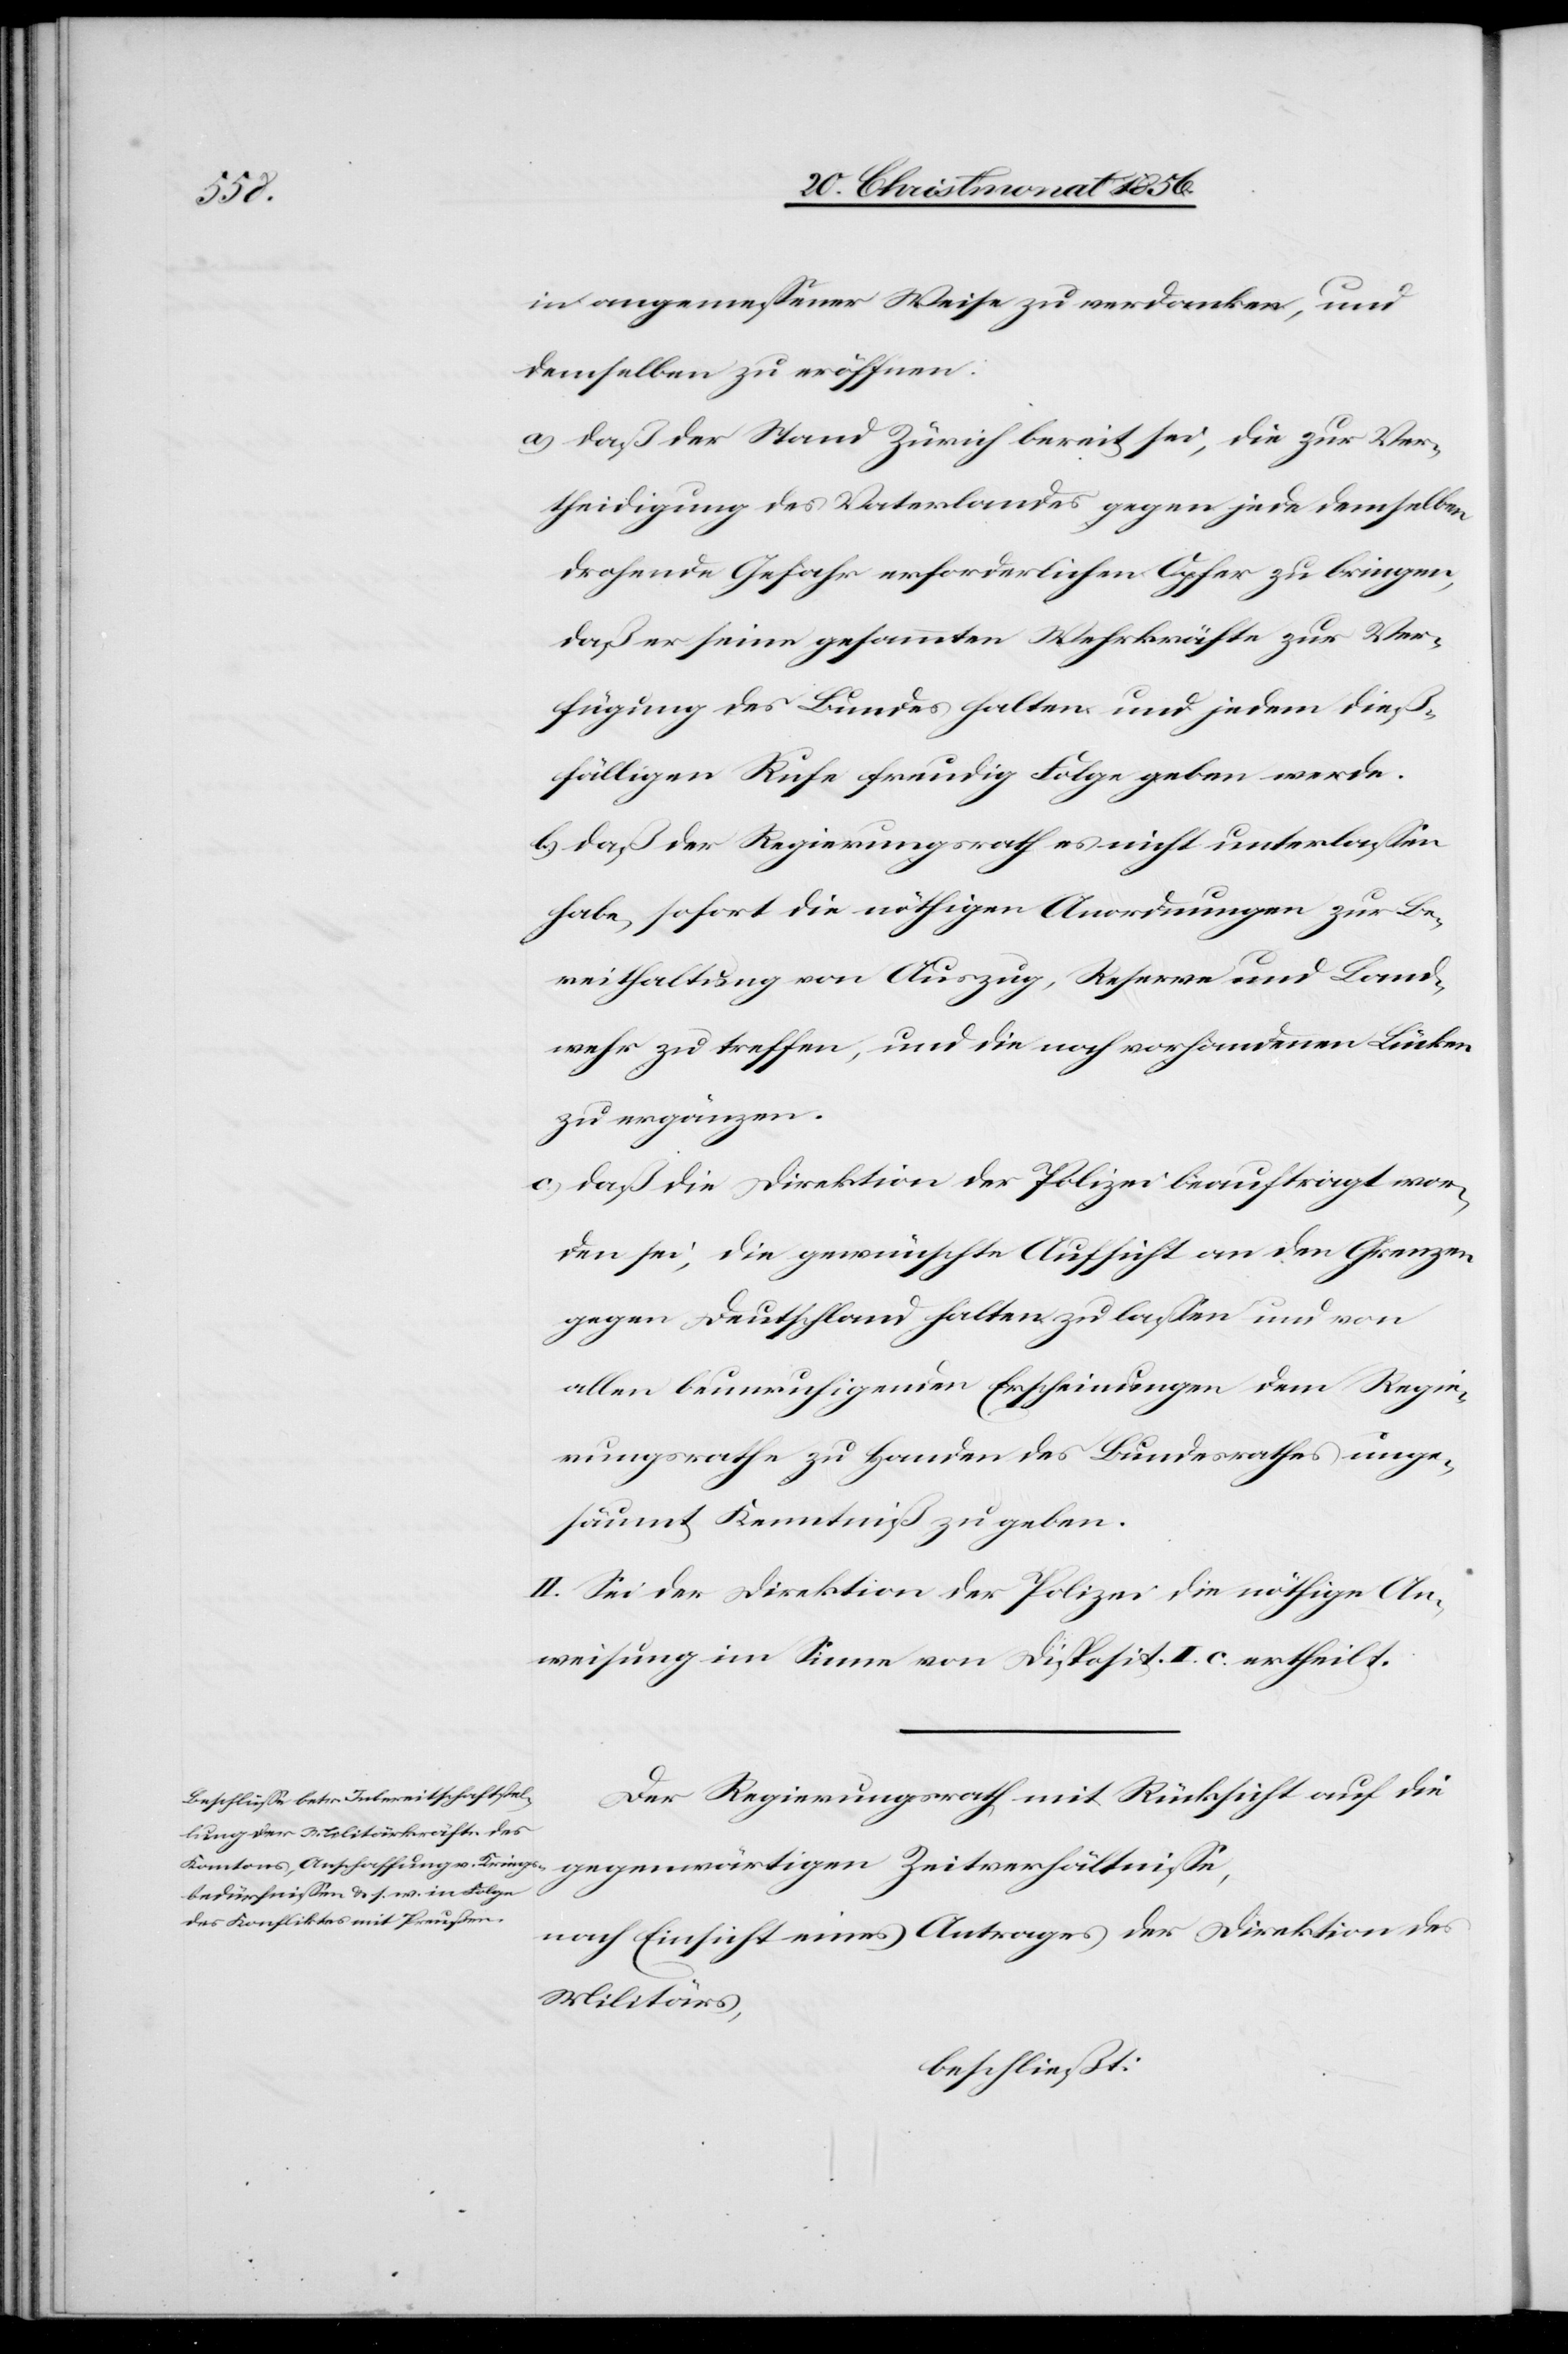
in angemessener Weise zu verdanken, und
demselben zu eröffnen:
a) daß der Stand Zürich bereit sei, die zur Ver¬
theidigung des Vaterlandes gegen jede demselben
drohende Gefahr erforderlichen Opfer zu bringen,
daß er seine gesammten Wehrkräfte zur Ver¬
fügung des Bundes halten und jedem dieß¬
fälligen Rufe freudig Folge geben werde.
b) daß der Regierungsrath es nicht unterlassen
habe, sofort die nöthigen Anordnungen zur Be¬
reithaltung von Auszug, Reserve und Land¬
wehr zu treffen, und die noch vorhandenen Lücken
zu ergänzen.
c) daß die Direktion der Polizei beauftragt wor¬
den sei, die gewünschte Aufsicht an den Grenzen
gegen Deutschland halten zu lassen und von
allen beunruhigenden Erscheinungen dem Regie¬
rungsrathe zu Handen des Bundesrathes unge¬
säumt Kenntniß zu geben.
II. Sei der Direktion der Polizei die nöthige An¬
weisung im Sinne von Disposit. I. c. ertheilt.
Der Regierungsrath mit Rücksicht auf die
nach Einsicht eines Antrages der Direktion des
Militärs,
beschließt: